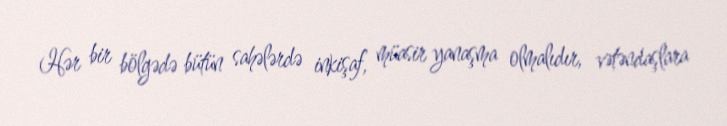
Hər bir bölgədə bütün sahələrdə inkişaf, müasir yanaşma olmalıdır, vətəndaşlara